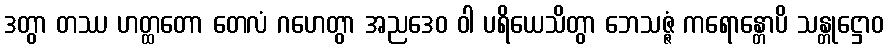
ဒတွာ တဿ ဟတ္ထတော တေလံ ဂဟေတွာ အညဒေဝ ဝါ ပရိယေသိတွာ ဘေသဇ္ဇံ ကရောန္တောပိ သန္တုဋ္ဌောဝ